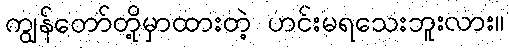
ကျွန်တော်တို့မှာထားတဲ့ ဟင်းမရသေးဘူးလား။